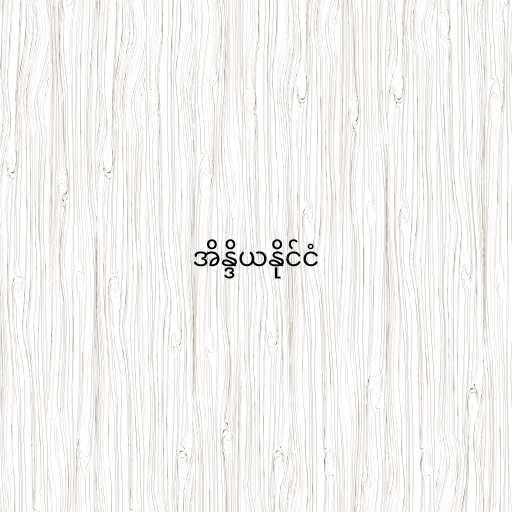
အိန္ဒိယနိုင်ငံ